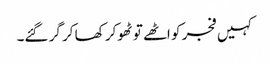
کہیں فجر کو اٹھے تو ٹھوکر کھا کر گر گئے۔